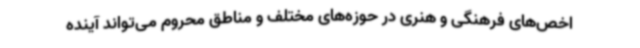
اخص‌های فرهنگی و هنری در حوزه‌های مختلف و مناطق محروم می‌تواند آینده